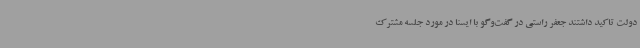
دولت تاکید داشتند جعفر راستی در گفت‌وگو با ایسنا در مورد جلسه مشترک